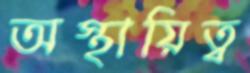
অস্থায়িত্ব